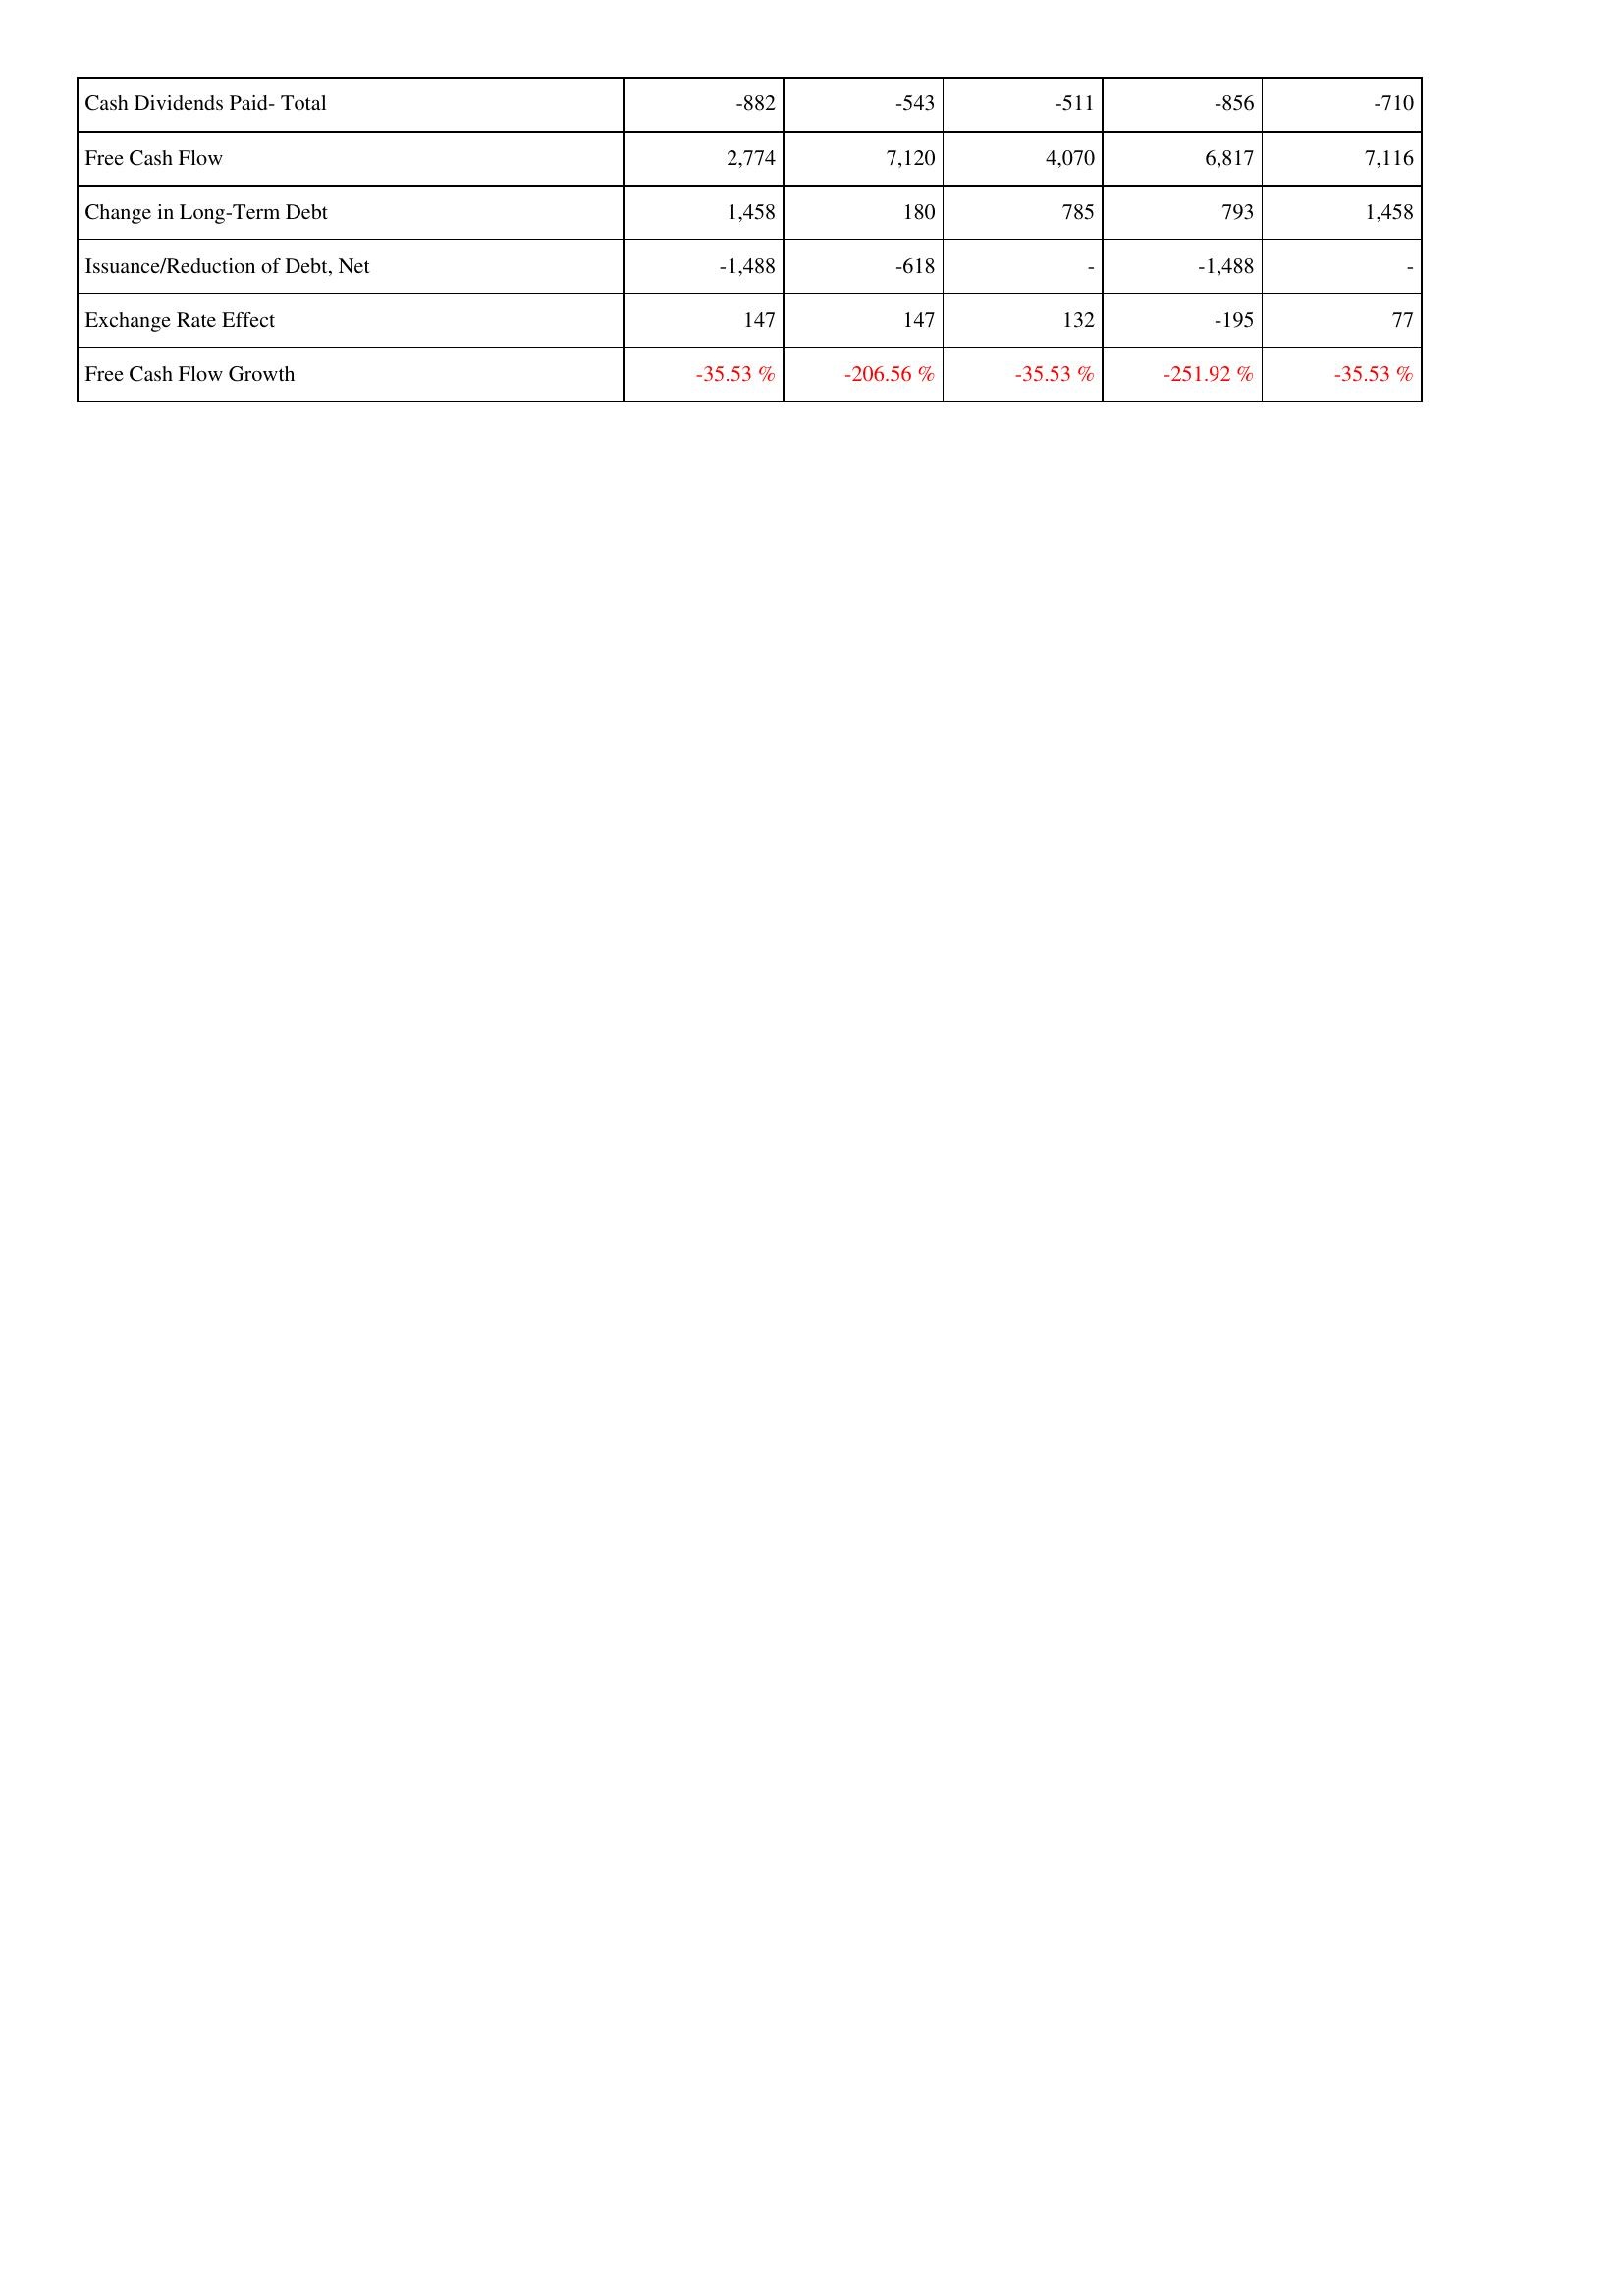
2016: Financing Activities: Cash Dividends Paid- Total: -882
Free Cash Flow: 2,774
Change in Long-Term Debt: 1,458
Issuance/Reduction of Debt, Net: -1,488
Exchange Rate Effect: 147
Free Cash Flow Growth: -35.53 %
2017: Financing Activities: Cash Dividends Paid- Total: -543
Free Cash Flow: 7,120
Change in Long-Term Debt: 180
Issuance/Reduction of Debt, Net: -618
Exchange Rate Effect: 147
Free Cash Flow Growth: -206.56 %
2018: Financing Activities: Cash Dividends Paid- Total: -511
Free Cash Flow: 4,070
Change in Long-Term Debt: 785
Issuance/Reduction of Debt, Net: -
Exchange Rate Effect: 132
Free Cash Flow Growth: -35.53 %
2019: Financing Activities: Cash Dividends Paid- Total: -856
Free Cash Flow: 6,817
Change in Long-Term Debt: 793
Issuance/Reduction of Debt, Net: -1,488
Exchange Rate Effect: -195
Free Cash Flow Growth: -251.92 %
2020: Financing Activities: Cash Dividends Paid- Total: -710
Free Cash Flow: 7,116
Change in Long-Term Debt: 1,458
Issuance/Reduction of Debt, Net: -
Exchange Rate Effect: 77
Free Cash Flow Growth: -35.53 %